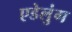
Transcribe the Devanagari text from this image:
एडेलुंग